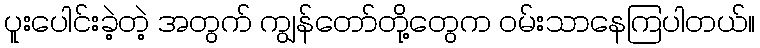
ပူးပေါင်းခဲ့တဲ့ အတွက် ကျွန်တော်တို့တွေက ဝမ်းသာနေကြပါတယ်။